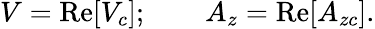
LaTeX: V=\mathrm{Re}[V_{c}];\qquad A_{z}=\mathrm{Re}[A_{zc}].